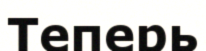
Теперь